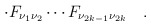
\begin{align*}\cdot F_{\nu _1\nu _2}\cdots F_{\nu _{2k-1}\nu _{2k}}\quad .\end{align*}